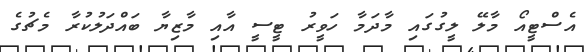
އެސްޓީއޯ މާލޭ ލީގުގައި މާދަމާ ހަވީރު ޓީސީ އާއި މާޒިޔާ ބައްދަލުކުރާ މެޗުގެ